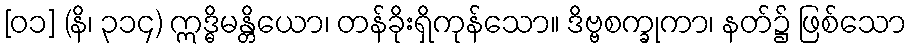
[၀၁] (နိ၊ ၃၁၄) ဣဒ္ဓိမန္တိယော၊ တန်ခိုးရှိကုန်သော။ ဒိဗ္ဗစက္ခုကာ၊ နတ်၌ ဖြစ်သော